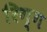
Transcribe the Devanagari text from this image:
रिग्ग